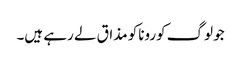
جو لوگ کوروناکو مذاق لے رہے ہیں۔